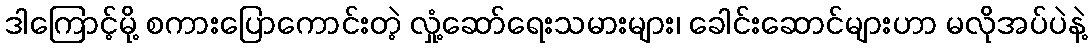
ဒါကြောင့်မို့ စကားပြောကောင်းတဲ့ လှုံ့ဆော်ရေးသမားများ၊ ခေါင်းဆောင်များဟာ မလိုအပ်ပဲနဲ့